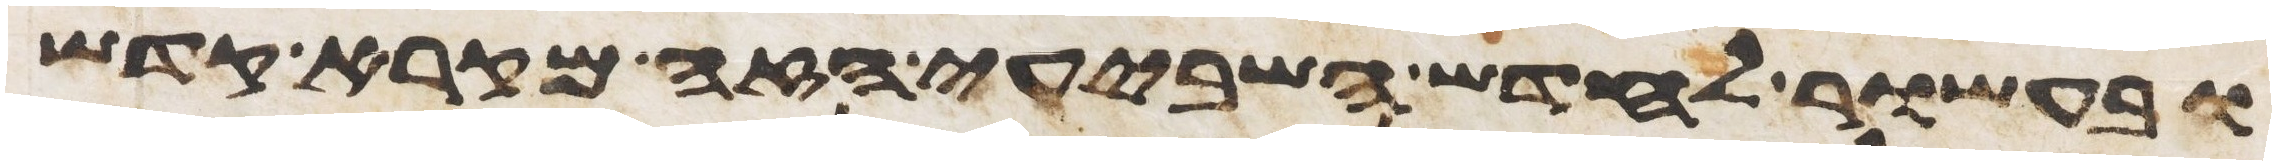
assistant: ובעשור לחדש השביעי הזה מקרא קדש